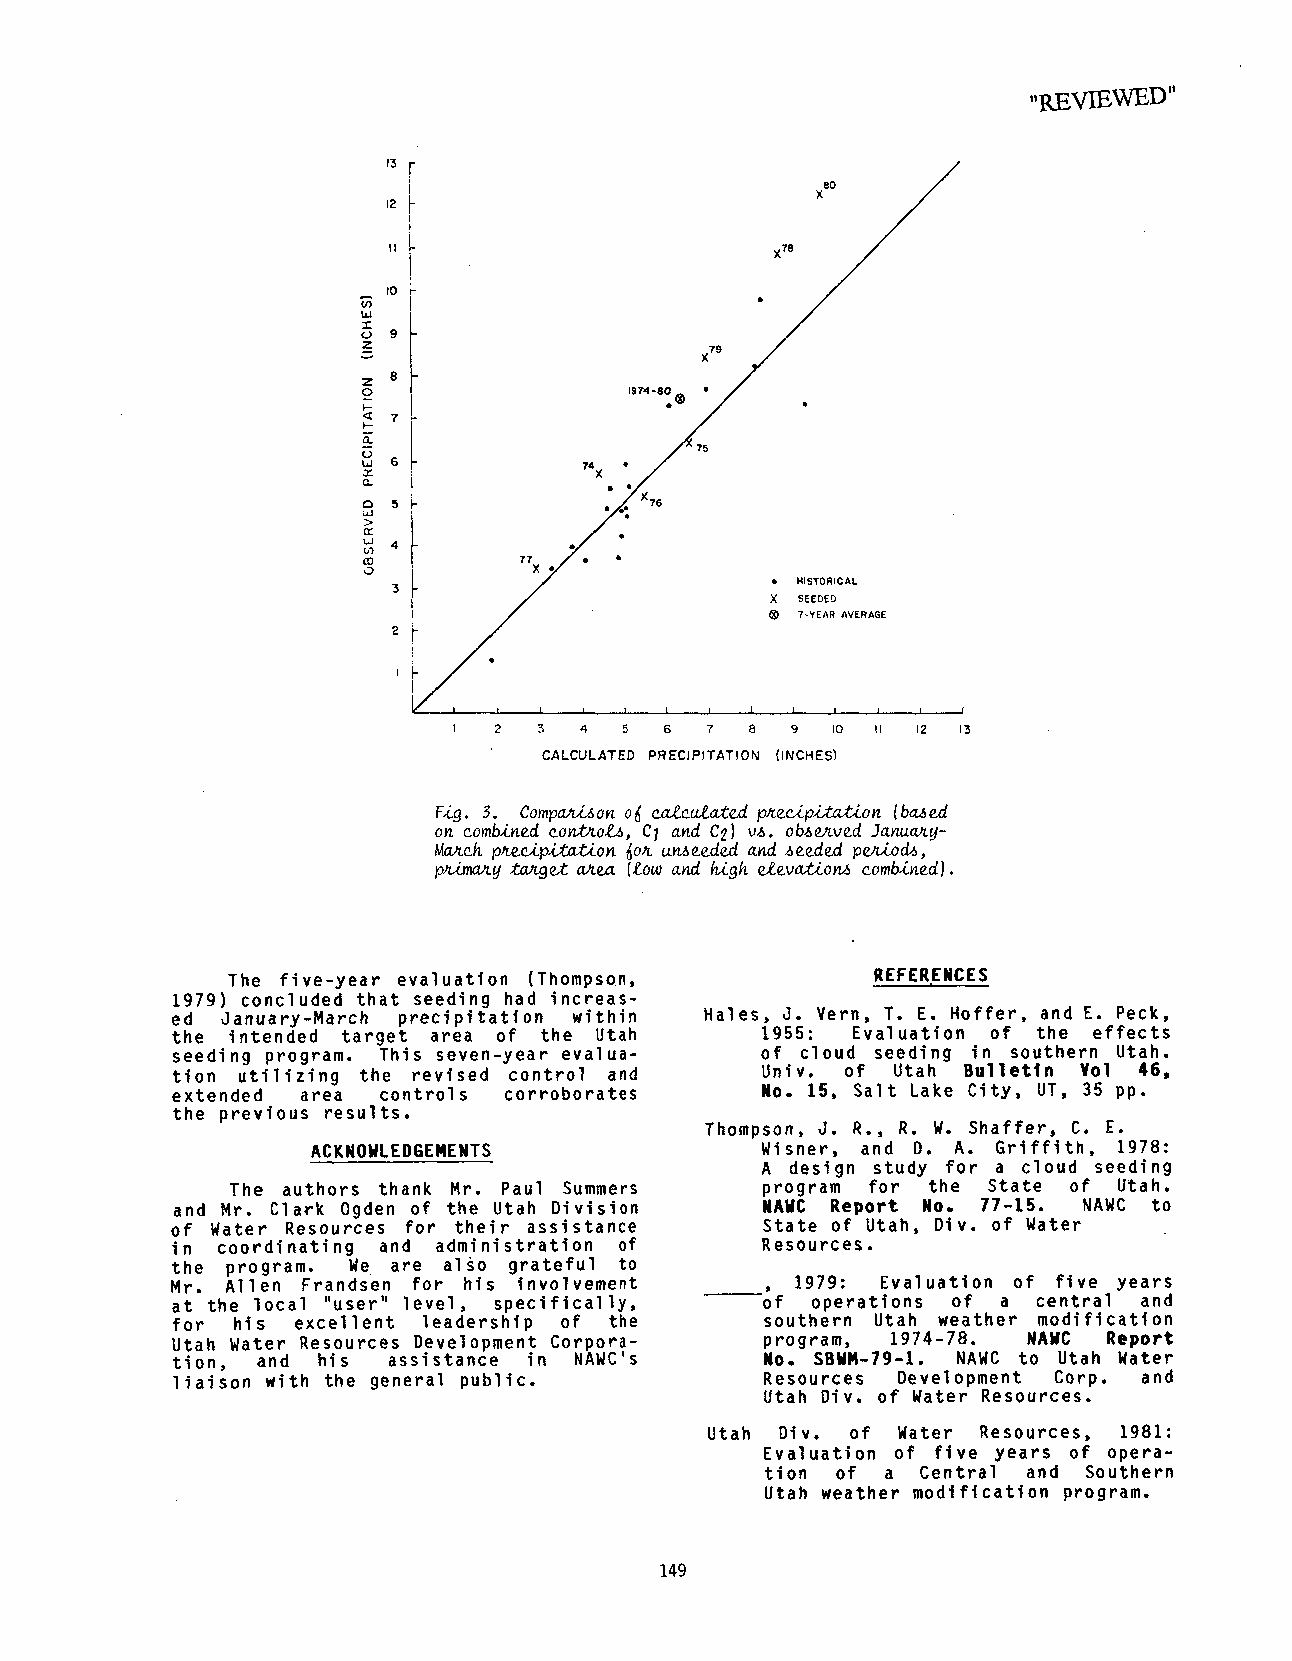
,,p,.EVIEWED"
 CALCULATED PRECIPITATION (INCHES)
 Fig. 3. Comparison of calculated precipitation (b~ed
 on combined controls, CI and C2) vs. obs~ved January-
 March pre~ipit~on for unseeded and seeded p~iods,
 peary target area (low and ~gh elevatio~ combined).
 The five-year evaluation (Thompson,        REFERENCES
 1979) concluded that seeding had increas-
 ed January-March precipitation within Hales, J. Vern, T. E. Hoffer, and E. Peck,
 the intended target area of the Utah   1955:   Evaluation of the effects
 seeding program. This seven-year evalua- of cloud seeding in southern Utah.
 tion utilizing the revised control and Univ. of Utah Bullettn ¥ol 46,
 extended area controls corroborates    No. 15, Salt Lake City, UT, 35 pp.
 the previous results.
 Thompson, J. R., R. W. Shaffer, C. E.
 ACKNOWLEDGEMENTS             Wisner, and D. A. Griffith, 1978:
 A design study for a cloud seeding
 The authors thank Mr. Paul Summers program for the State of Utah.
 and Mr. Clark Ogden of the Utah Division WAWC Report No. 77-15. NAWC to
 of Water Resources for their assistance State of Utah, Div. of Water
 in coordinating and administration of  Resources.
 the program. We are al~o grateful to
 Mr. Allen Frandsen for his involvement    1979: Evaluation of five years
 at the local "user" level, specifically, of operations of a central and
 for his excellent leadership of the    southern Utah weather modification
 Utah Water Resources Development Corpora- program, 1974-78. NAWCR eport
 tion, and his  assistance in NAWC’s    No. SBWM-79-1. NAWC to Utah Water
 liaison with the general public.       Resources Development Corp. and
 Utah Div. of Water Resources.
 Utah Div. of Water Resources, 1981:
 Evaluation of five years of opera-
 tion of a Central and Southern
 Utah weather modification program.
 149